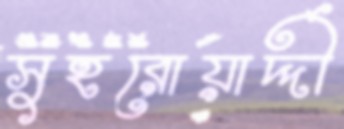
সুহরোয়ার্দ্দী